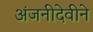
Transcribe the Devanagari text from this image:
अंजनीदेवीने